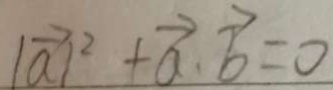
\vert \overrightarrow { a } \vert ^ { 2 } + \overrightarrow { a } \cdot \overrightarrow { b } = 0